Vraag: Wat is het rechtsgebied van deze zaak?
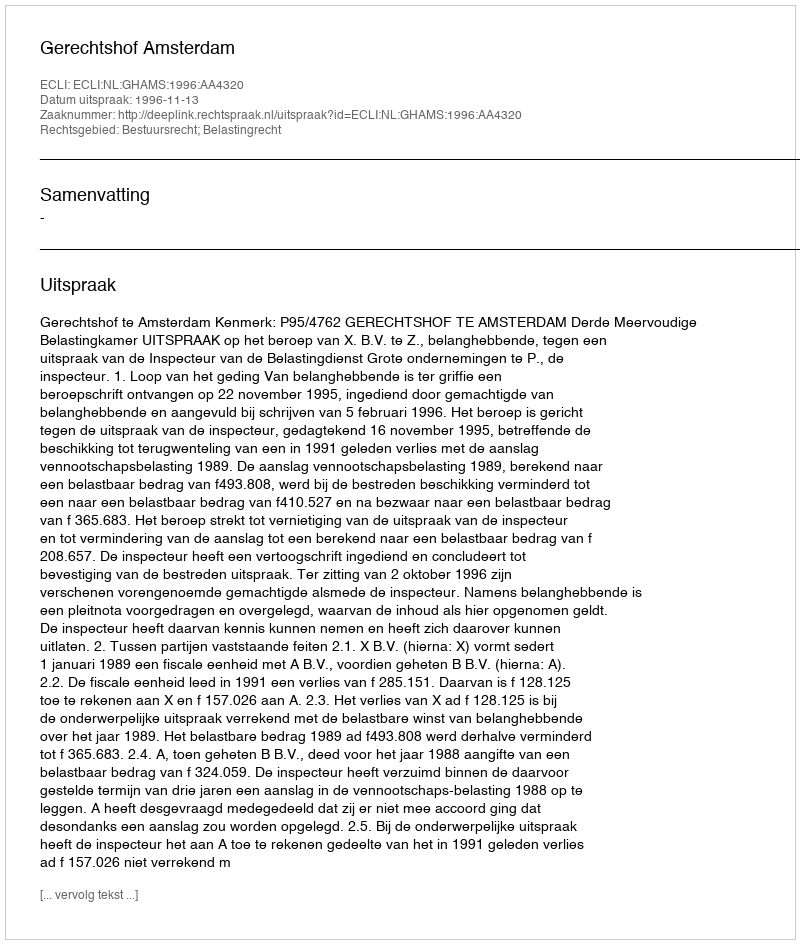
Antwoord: Bestuursrecht; Belastingrecht